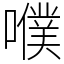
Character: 𡂈